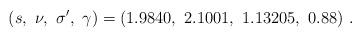
LaTeX: \begin{align*}(s,~ \nu,~ \sigma^\prime,~ \gamma ) = (1.9840,~ 2.1001,~ 1.13205,~ 0.88 )~.\end{align*}